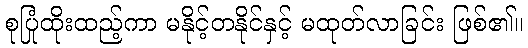
စုပြုံထိုးထည့်ကာ မနိုင့်တနိုင်နှင့် မထုတ်လာခြင်း ဖြစ်၏။